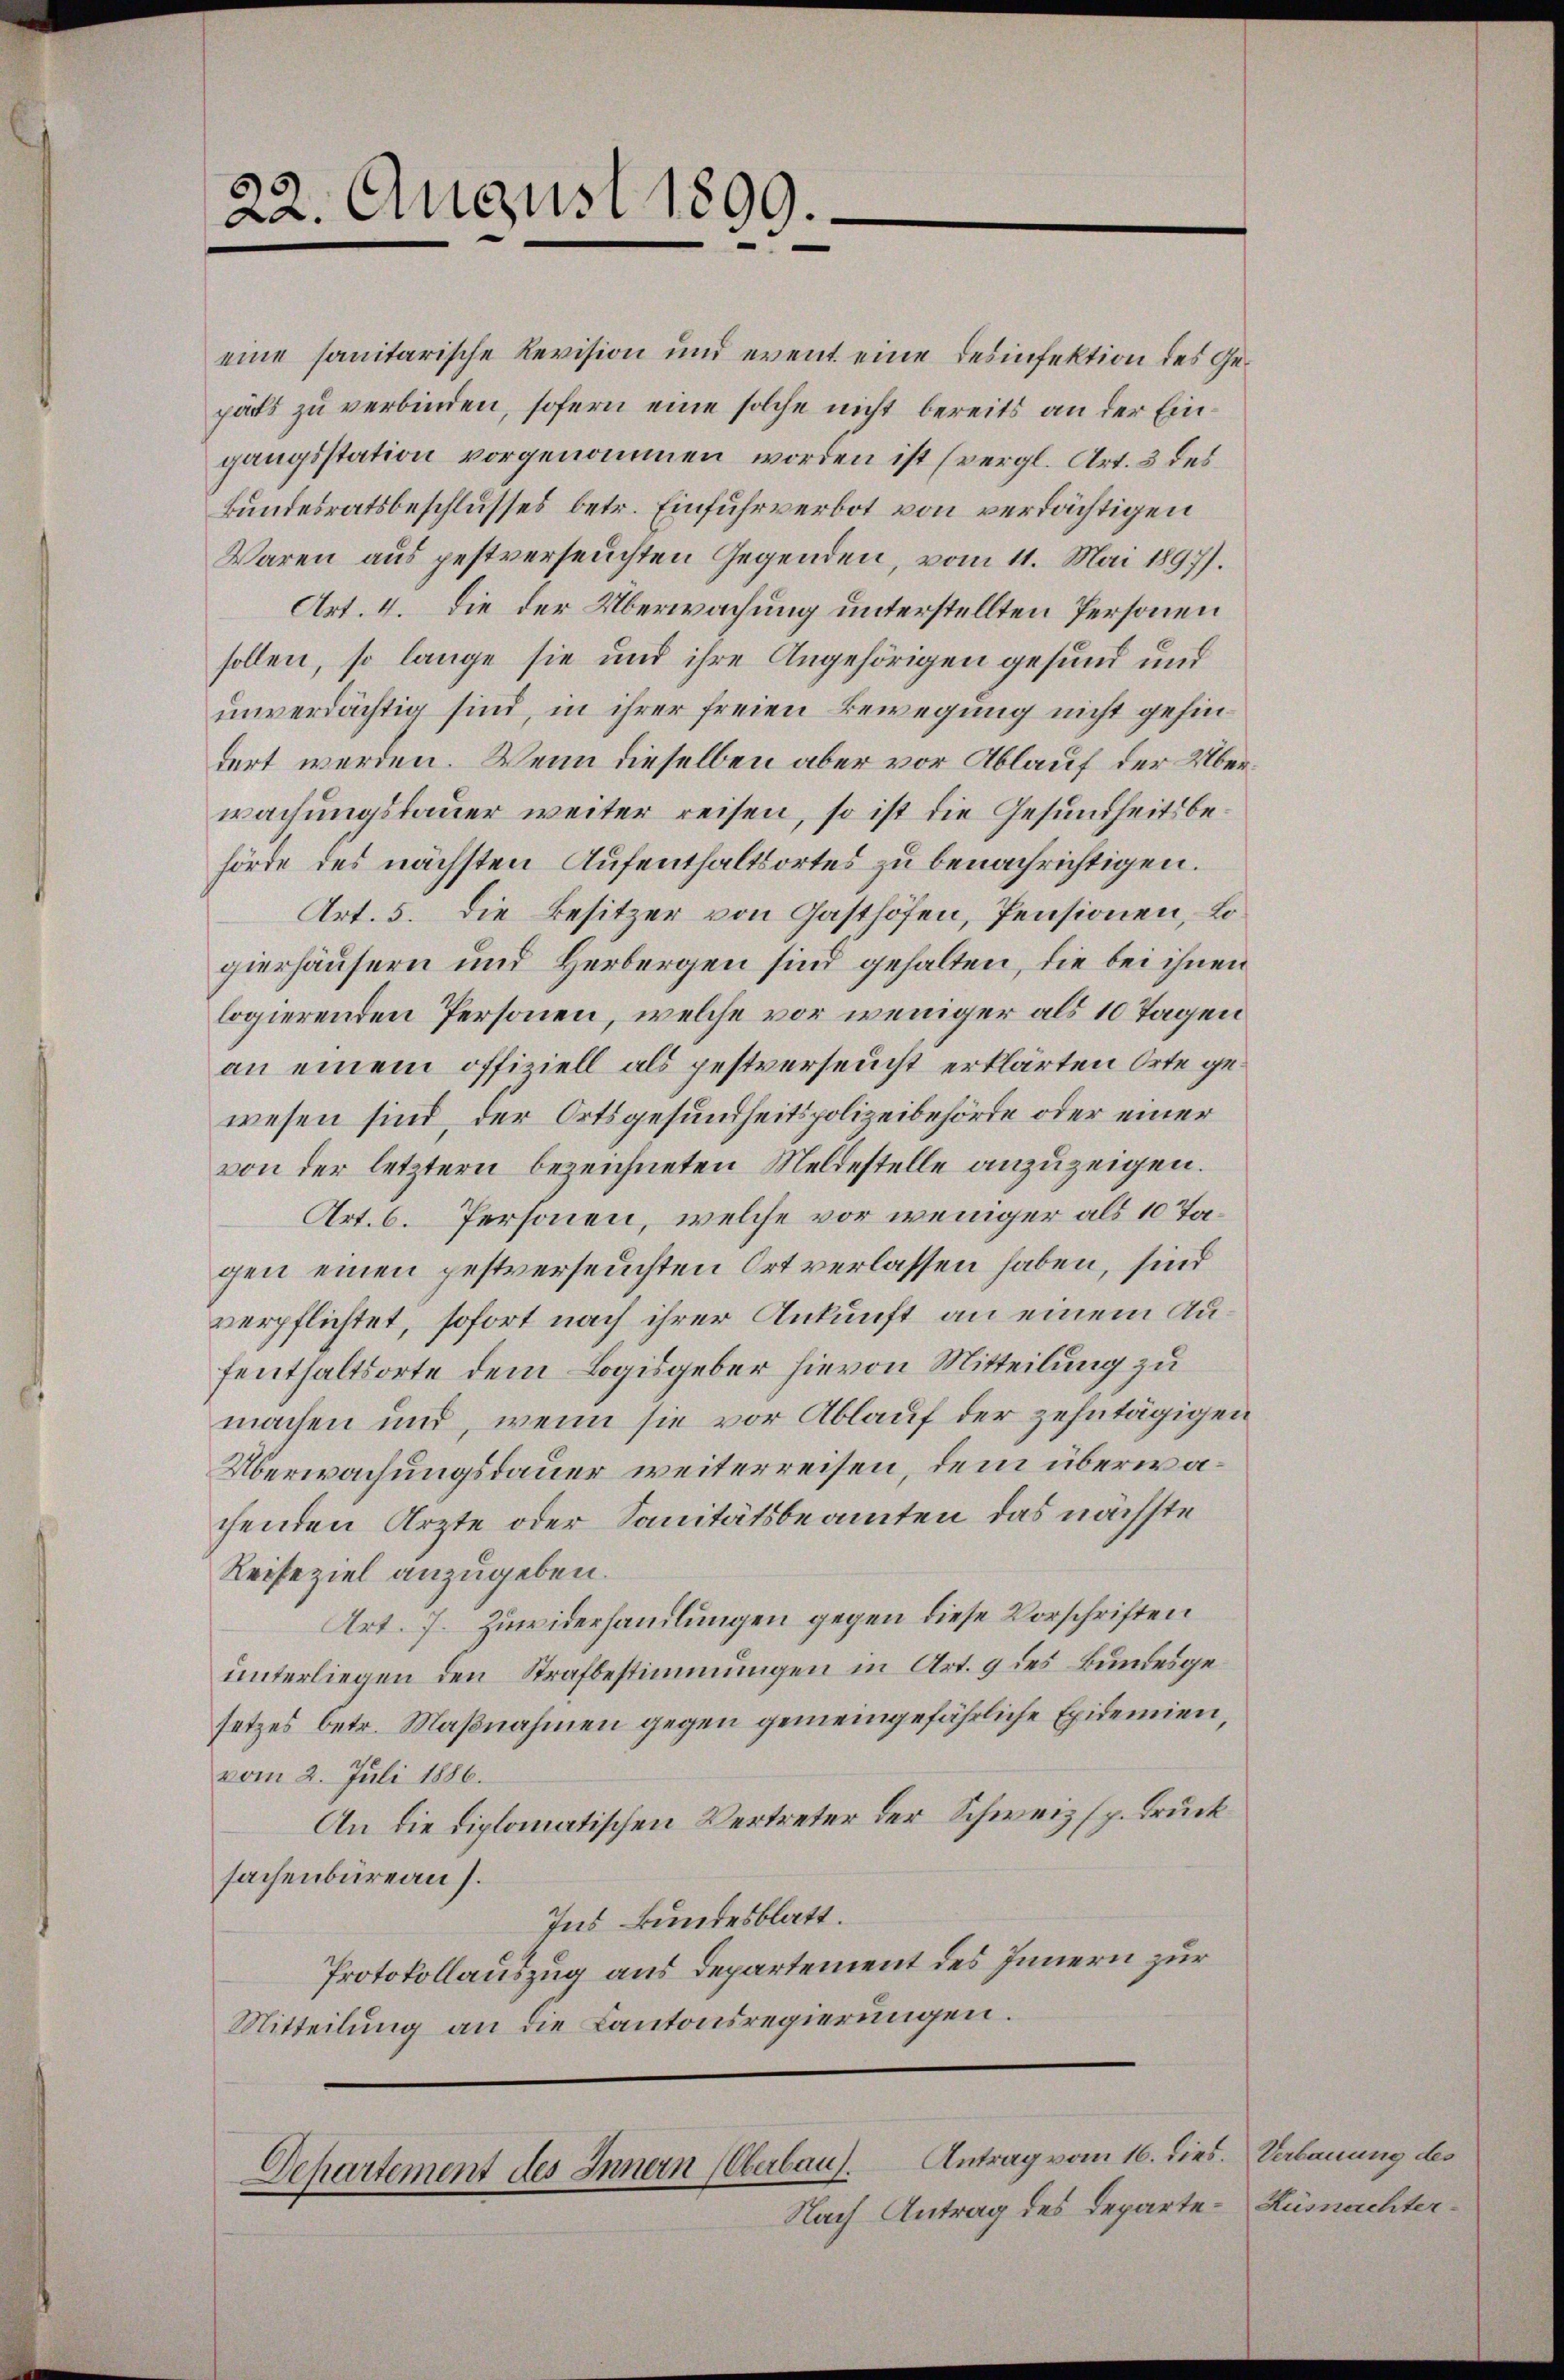
22. August 1899.

eine sanitarische Revision und event eine Desinfektion des Gepärts zu verbinden, sofern eine solche nicht bereits an der Eingangsstation vorgenommen worden ist (vergl. Art. 3 des
Bundesratsbeschlusses betr. Einfuhrverbot von verdächtigen
Waren aus pestverseuchten Gegenden, vom 11. Mai 1897).
Art. 4. Die der Überwachung unterstellten Personen
sollen, so lange sie und ihre Angehörigen gesund und
unverdächtig sind, in ihrer freien Bewegung nicht gehindert werden. Wenn dieselben aber vor Ablauf der Überwachungsbauer weiter reisen, so ist die Gesundheitsbehörde des nächsten Aufenthaltsortes zu benachrichtigen.
Art. 5. Die Besitzer von Gasthöfen, Pensionen, Logierhäusern und Herbergen sind gehalten, die bei ihnen
logierenden Personen, welche vor weniger als 10 Tagen
an einem offiziell als pestverseucht erklärten Orte gewesen sind, der Ortsgesundheitspolizeibehörde oder einer
von der letztern bezeichneten Meldestelle anzuzeigen.
Art. 6. Personen, welche vor weniger als 10 Tagen einen pestverseuchten Ort verlassen haben, sind
verpflichtet, sofort nach ihrer Ankunft an einem Aufenthaltsorte dem Logisgeber hievon Mitteilung zu
machen und, wenn sie vor Ablauf der zehntägigen
Überwachungsdauer weiterreisen, dem überwachenden Ärzte oder Sanitätsbeamten das nächste
Reiseziel anzugeben.
Art. 7. Zuwiderhandlungen gegen diese Vorschriften
unterliegen den Strafbestimmungen in Art. 9 des Bundesgesetzes betr. Maßnahmen gegen gemeingefährliche Epidemien,
vom 2. Juli 1886.
An die diplomatischen Vertreter der Schweiz sp. Druck
sachenbüreau s.
Ins kundesblatt.
Protokollauszug aus Departement des Innern zur
Mitteilung an die Kantonsregierungen.

Departement des Innern (Oberbau. Antrag vom 16. dies. Verbauung des
Nach Antrag des Departe-Küsnachter¬